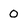
Character: 0